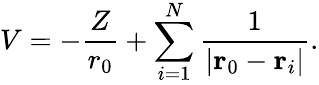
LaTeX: V=-\frac{Z}{r_{0}}+\sum_{i=1}^{N}\frac{1}{|\mathbf{r}_{0}-\mathbf{r}_{i}|}.